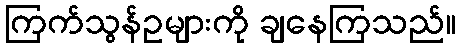
ကြက်သွန်ဥများကို ချနေကြသည်။